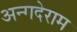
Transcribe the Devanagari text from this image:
अन्गदेराम